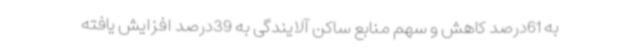
به 61‌درصد کاهش و سهم منابع ساکن آلایندگی به 39‌درصد افزایش یافته